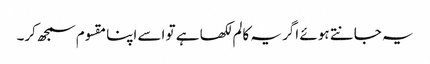
یہ جانتے ہوئے اگر یہ کالم لکھا ہے تو اسے اپنا مقسوم سمجھ کر۔